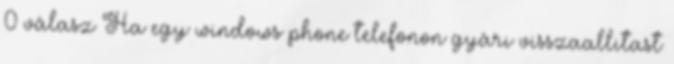
0 válasz Ha egy windows phone telefonon gyári visszaallitast